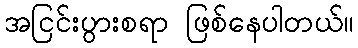
အငြင်းပွားစရာ ဖြစ်နေပါတယ်။